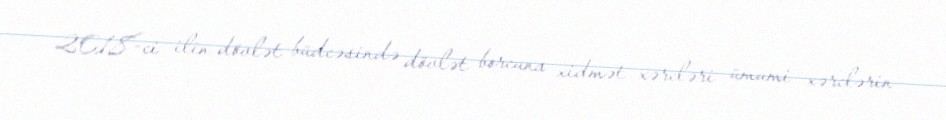
2018-ci ilin dövlət büdcəsində dövlət borcuna xidmət xərcləri ümumi xərclərin